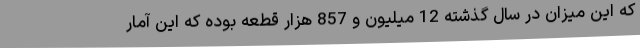
که این میزان در سال گذشته 12 میلیون و 857 هزار قطعه بوده که این آمار